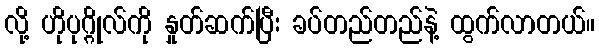
လို့ ဟိုပုဂ္ဂိုလ်ကို နှုတ်ဆက်ပြီး ခပ်တည်တည်နဲ့ ထွက်လာတယ်။